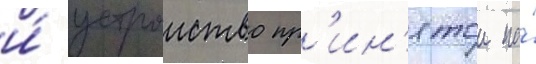
и́ устроиство пр'ин'ятои на́